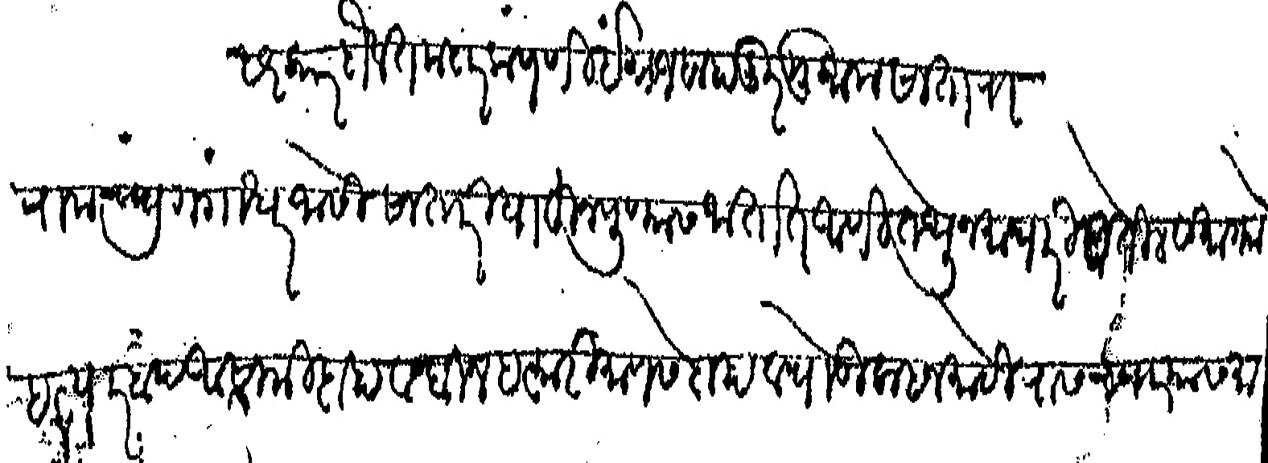
Transliteration (Devanagari): सरकार दौलतमदार कंपणी इंग्रज बाहादूर मुकाम सातारा रामचंद्र गंगाधर जोसी सातारीयाहून पुण्यास जातात आणि तेथून माघारी येतील सभागये हत्यारबंद आसामी दाहा व बिनहत्यारी माणसे दाहा व घोडी लाहन मोठी रास च्यार यास मार्ग